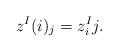
LaTeX: \begin{align*}z^I(i)_j = z_i^I j.\end{align*}